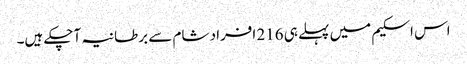
اس اسکیم میں پہلے ہی 216 افراد شام سے برطانیہ آچکے ہیں۔